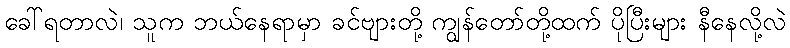
ခေါ်ရတာလဲ၊ သူက ဘယ်နေရာမှာ ခင်ဗျားတို့ ကျွန်တော်တို့ထက် ပိုပြီးများ နီနေလို့လဲ